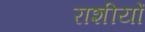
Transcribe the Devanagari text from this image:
राशीयों